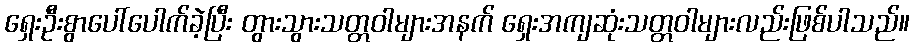
ရှေးဦးစွာပေါ်ပေါက်ခဲ့ပြီး တွားသွားသတ္တဝါများအနက် ရှေးအကျဆုံးသတ္တဝါများလည်းဖြစ်ပါသည်။